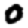
Digit: 0